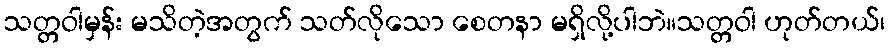
သတ္တဝါမှန်း မသိတဲ့အတွက် သတ်လိုသော စေတနာ မရှိလို့ပါဘဲ။သတ္တဝါ ဟုတ်တယ်၊